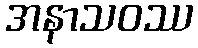
အနာသဝဿ